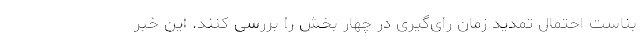
بناست احتمال تمدید زمان رای‌گیری در چهار بخش را بررسی کنند. این خبر